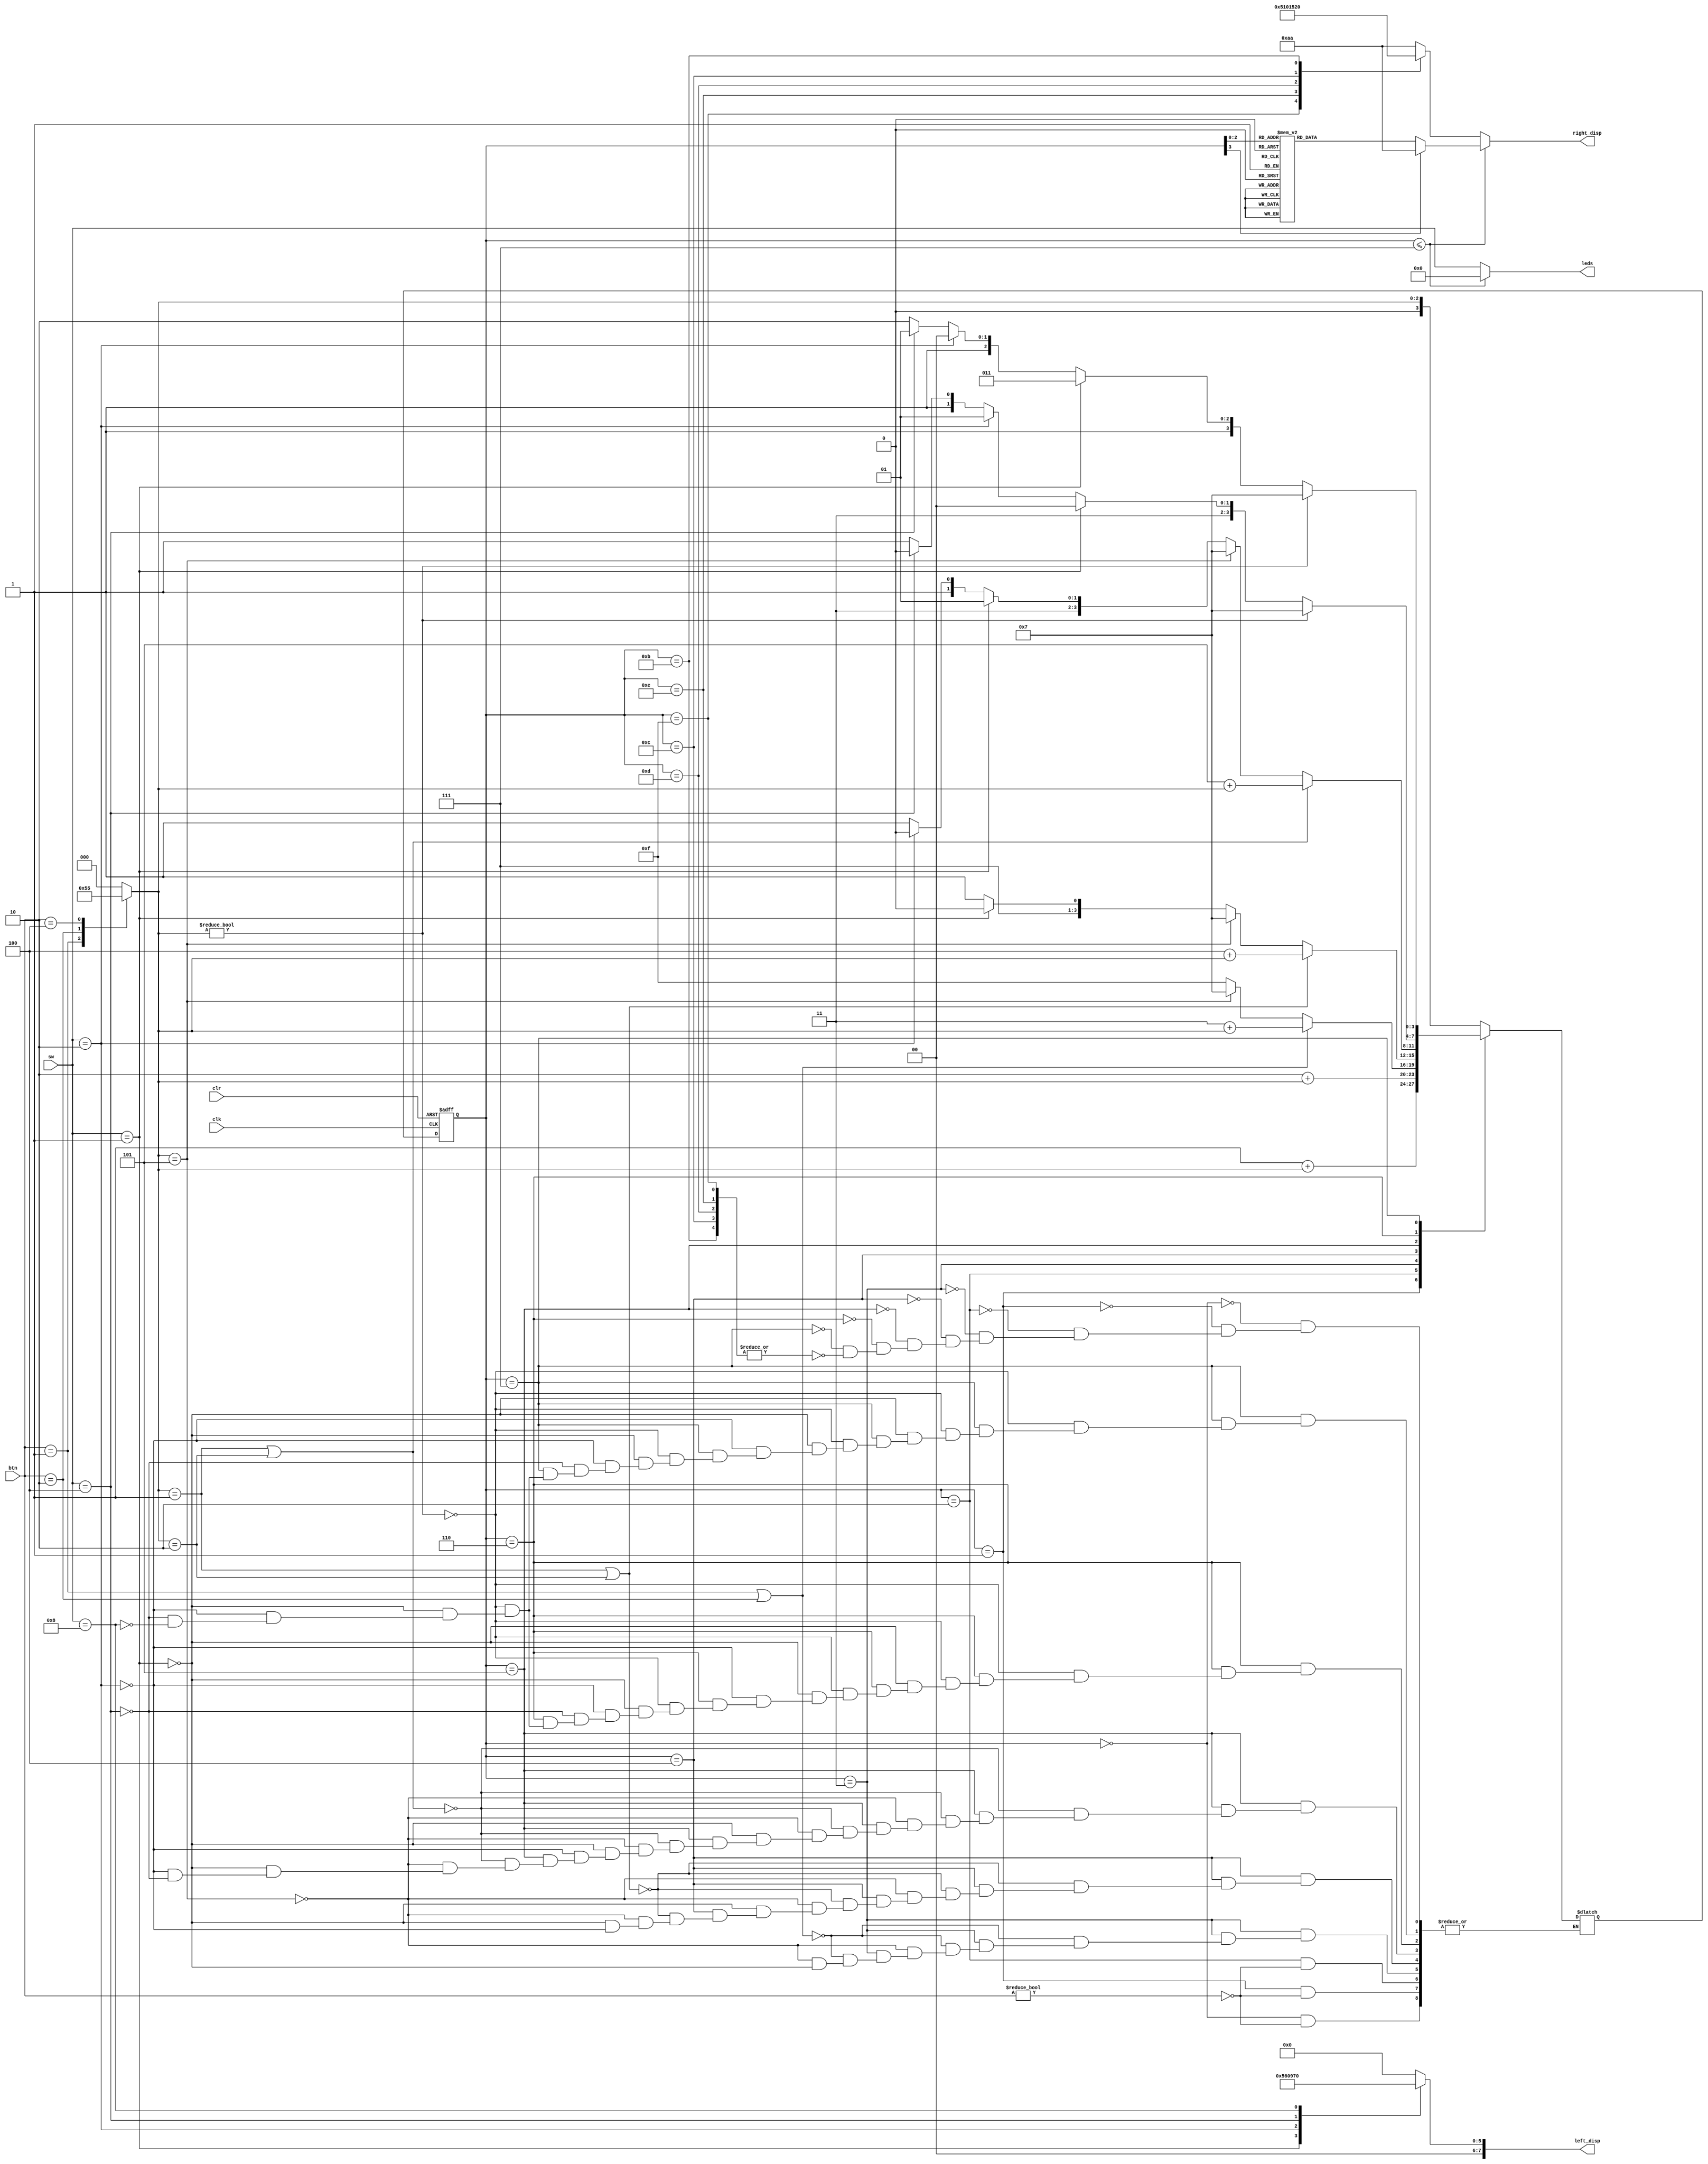
`timescale 1ns / 1ps

module Vending_Machine_Controller(
    input [3:0] sw,
    input [2:0] btn,
    input clk, clr,
    output reg [7:0] left_disp,
    output reg [7:0] right_disp,
    output reg [3:0] leds
//    ,output reg [3:0] pres,
//    output reg [3:0] next
    );
    
    reg [2:0] btn_d, sw_d;
    reg [3:0] pres, next;
    
    parameter A00 = 4'b0000, A05 = 4'b0001, A10 = 4'b0010, A15 = 4'b0011,
              A20 = 4'b0100, A25 = 4'b0101, A30 = 4'b0110, A35 = 4'b0111,
              C00 = 4'b1111, C05 = 4'b1110, C10 = 4'b1101, C15 = 4'b1100, C20 = 4'b1011;
    
    // combinational logic to change change next state based on sw and btn inputs
    always @(sw or btn) begin
        
        case (btn)
            3'b001: btn_d = 3'b001;
            3'b010: btn_d = 3'b010;
            3'b100: btn_d = 3'b101;
            default btn_d = 3'b000;
        endcase
        
        case (pres)
            A00 : begin
                    if (btn != 3'b000)
                        next <= btn_d;
                  end
            A05 : begin
                    if (btn != 3'b000)
                        next <= A05 + btn_d;
                  end
            A10 : begin
                    if (btn != 3'b000)
                        next <= A10 + btn_d;
                  end
            A15 : begin
                    if (btn == 3'b001 | btn == 3'b010)
                        next <= A15 + btn_d;
                    else if (btn_d == 3'b101)
                        next = A35;
                    else if (sw == 4'b0001)
                        next = C00;
                  end
            A20 : begin
                    if (btn_d == 3'b001 | btn_d == 3'b010)
                        next <= A20 + btn_d;
                    else if (btn_d == 3'b101)
                        next = A35;
                    else if (sw == 4'b0001)
                        next = C05;
                    else if (sw == 4'b0010)
                        next = C00;
                  end
            A25 : begin
                    if (btn_d == 3'b001 || btn_d == 3'b010)
                        next <= A25 + btn_d;
                    else if (btn_d == 3'b101)
                        next = A35;
                    else if (sw == 4'b0001)
                        next = C10;
                    else if (sw == 4'b0010)
                        next = C05;
                    else if (sw == 4'b0100)
                        next = C00;
                  end
            A30 : begin
                    if (btn_d != 3'b000)
                        next = A35;
                    else if (sw == 4'b0001)
                        next = C15;
                    else if (sw == 4'b0010)
                        next = C10;
                    else if (sw == 4'b0100)
                        next = C05;
                    else if (sw == 4'b1000)
                        next = C00;
                  end
            A35 : begin
                    if (btn_d != 3'b000)
                        next = A35;
                    else if (sw == 4'b0001)
                        next = C20;
                    else if (sw == 4'b0010)
                        next = C15;
                    else if (sw == 4'b0100)
                        next = C10;
                    else if (sw == 4'b1000)
                        next = C05;
                  end
            C00, C05, C10, C15, C20: next <= btn_d;
            //default next = A00;
        endcase
        
    end
    
    // sequential block to update present state on clk or clr
    always @(posedge clr or posedge clk) begin
        if (clr == 1) begin
            pres <= A00;
            //next <= A00;
        end
        else begin                                  // else, clk cycle
            pres <= next;                               // case 2: regular clk
        end
    end
    
    // combinational block to change outputs based on present state every clock cycle
    always @(sw or pres) begin
        case (sw)
            4'b0001 :   left_disp = 8'h15;
            4'b0010 :   left_disp = 8'h20;
            4'b0100 :   left_disp = 8'h25;
            4'b1000 :   left_disp = 8'h30;
            default :   left_disp = 8'h00;
        endcase
        
        if (pres <= A35) begin                  // if entering money
            leds = 0;
            case (pres)
                A00 :   right_disp = 8'h00;
                A05 :   right_disp = 8'h05;
                A10 :   right_disp = 8'h10;
                A15 :   right_disp = 8'h15;
                A20 :   right_disp = 8'h20;
                A25 :   right_disp = 8'h25;
                A30 :   right_disp = 8'h30;
                A35 :   right_disp = 8'h35;
                default right_disp = 8'haa;
            endcase
        end
        else begin                              // if product selected  
            leds <= sw;      
            case (pres)                             // change back displayed digits
                C00 :   right_disp = 8'h00;
                C05 :   right_disp = 8'h05;
                C10 :   right_disp = 8'h10;
                C15 :   right_disp = 8'h15;
                C20 :   right_disp = 8'h20;
                default right_disp = 8'haa;
            endcase
        end
    end
    
endmodule